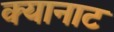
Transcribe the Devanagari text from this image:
क्यानाट